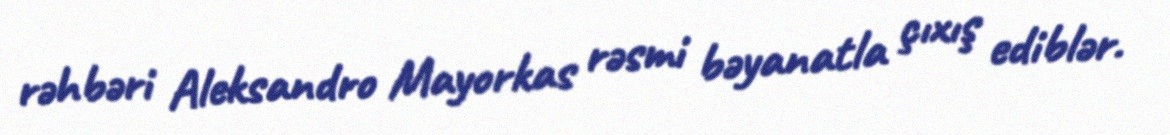
rəhbəri Aleksandro Mayorkas rəsmi bəyanatla çıxış ediblər.